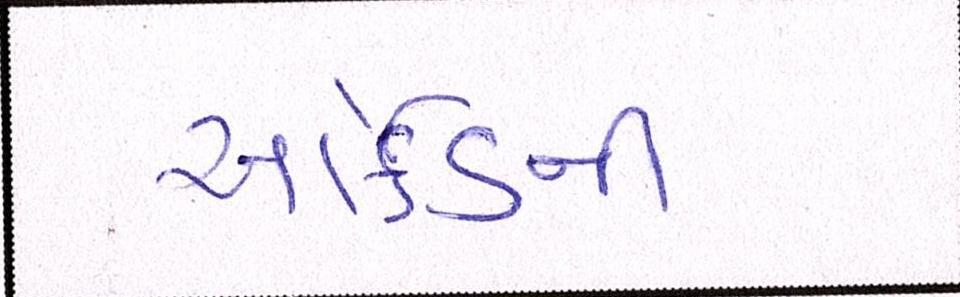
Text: આર્કેડની